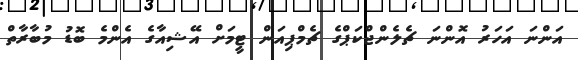
އަންނަ އަހަރު އޮންނަ ޗެލެންޖްކަޕްގެ ޗެމްޕިއަން ޓީމަށް އޭޝިއާގެ އެންމެ ބޮޑު މުބާރާތް